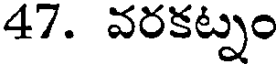
47. వరకట్నం